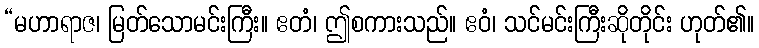
“မဟာရာဇ၊ မြတ်သောမင်းကြီး။ ဧတံ၊ ဤစကားသည်။ ဧဝံ၊ သင်မင်းကြီးဆိုတိုင်း ဟုတ်၏။